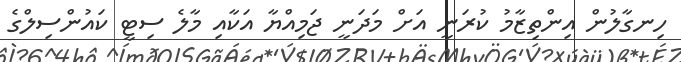
ހިނގާލުން އިންތިޒާމު ކުރަނީ އަށް މަދަނީ ޖަމިއްޔާ އަކާއި މާލެ ސިޓީ ކައުންސިލްގެ